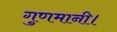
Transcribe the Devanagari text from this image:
गुणमानी।